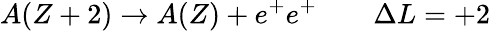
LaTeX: A(Z+2)\to A(Z)+e^{+}e^{+}\quad\quad\Delta L=+2